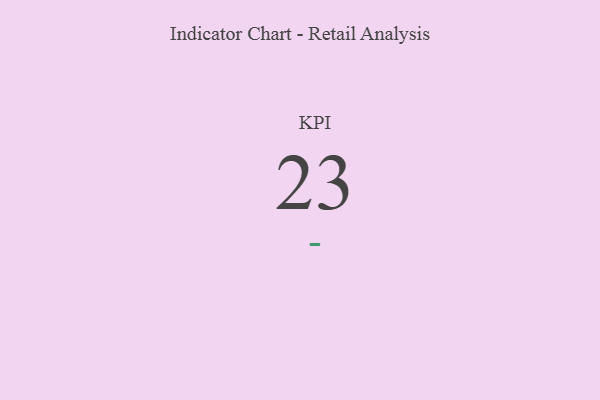
{"axis": {"x": "KPI", "y": "Value"}, "legend": [""], "data": [{"x": "KPI", "y": 23, "type": ""}]}